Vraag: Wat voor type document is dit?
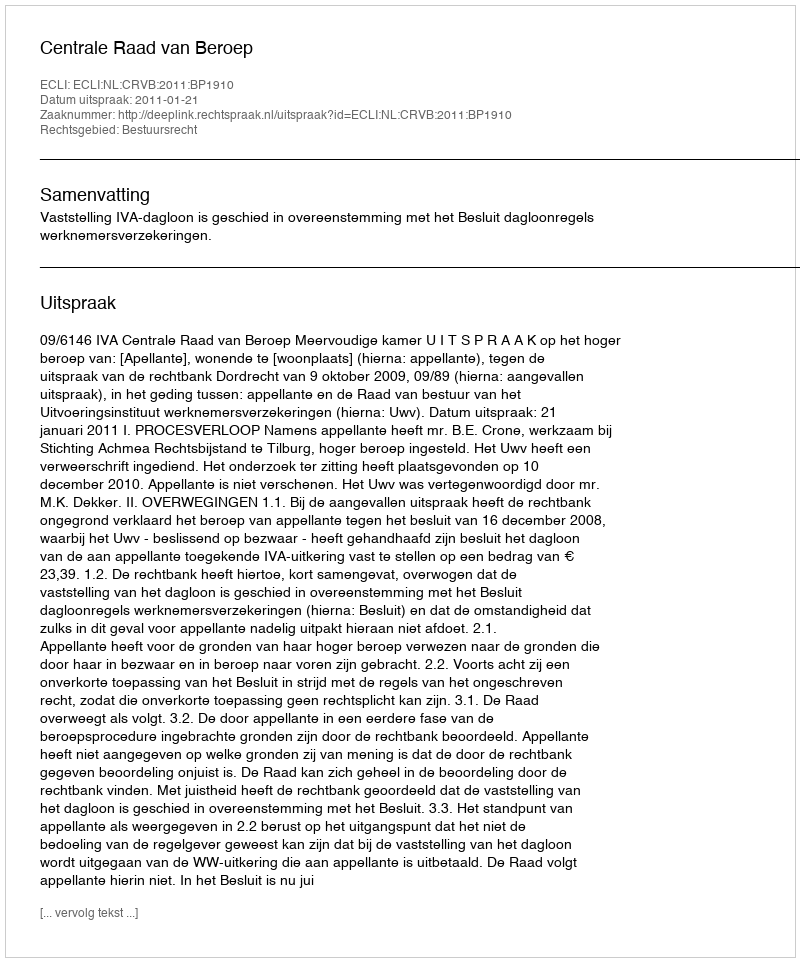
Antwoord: Uitspraak